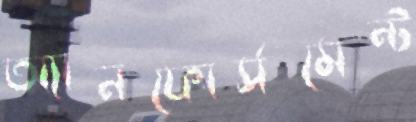
অ্যানফোর্সমেন্ট